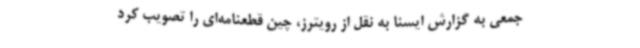
جمعی به گزارش ایسنا به نقل از رویترز، چین قطعنامه‌ای را تصویب کرد